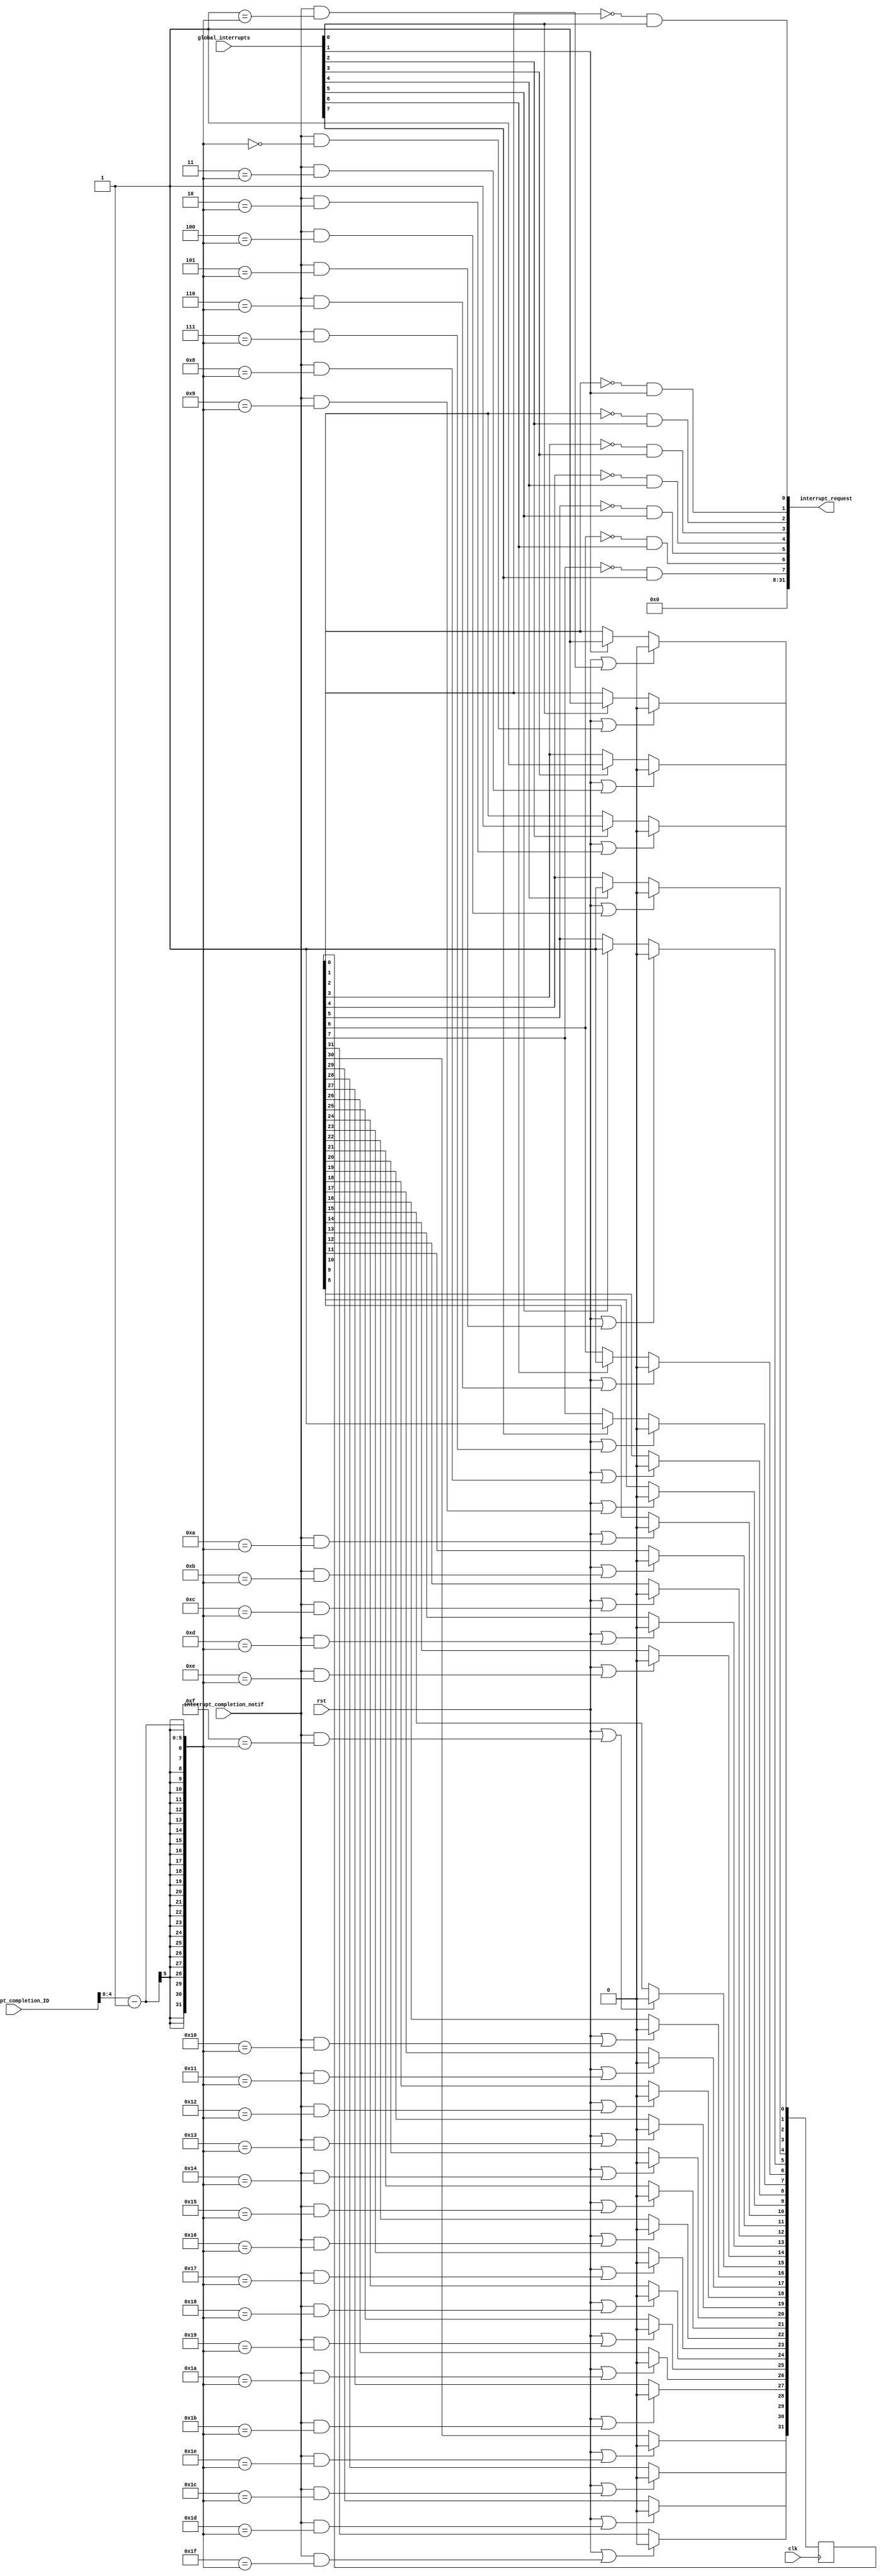
//******************************************************************************
// Copyright (c) 2018 - 2023, Indian Institute of Science, Bangalore.
// All Rights Reserved. See LICENSE for license details.
//------------------------------------------------------------------------------

// Contributors // Manish Kumar(manishkumar5@iisc.ac.in), Shubham Yadav(shubhamyadav@iisc.ac.in)
// Sajin S (sajins@alum.iisc.ac.in), Shubham Sunil Garag (shubhamsunil@alum.iisc.ac.in)
// Anuj Phegade (anujphegade@alum.iisc.ac.in), Deepshikha Gusain (deepshikhag@alum.iisc.ac.in)
// Ronit Patel (ronitpatel@alum.iisc.ac.in), Vishal Kumar (vishalkumar@alum.iisc.ac.in)
// Kuruvilla Varghese (kuru@iisc.ac.in)
//******************************************************************************
`timescale 1ns / 1ps
(* keep_hierarchy = "yes" *)
module PLIC_Gateway
#(
    parameter PRIORITY_LEVELS = 32,
    parameter INTERRUPTS   = 8
)
(
    // Core signals
    input wire clk,
    input wire rst,
    input wire [31:0]global_interrupts,
    input wire [31:0]interrupt_completion_ID, //contains the ID
    input wire interrupt_completion_notif,
    output wire [31:0]interrupt_request
    );

    reg [31:0]interrupt_state;
    integer i;
    wire [4:0]ID;

    assign ID = interrupt_completion_ID[4:0];//  LSB bits

    // When this latch = 0, only then the gateway will forward request to PLIC, else
    always @ (posedge clk) begin
        for (i=0; i<32; i=i+1)
        begin
            if (rst || (interrupt_completion_notif & i==(ID-1))) // if interrupt completed, then again reset this. Now we can again send this request.
                interrupt_state[i] <= 0;
            else if (global_interrupts[i] && i<INTERRUPTS)
                interrupt_state[i] <= 1;  // when a request comes for the first time, this latches, so that from next time, we wait for completion signal before sending request to core
        end
    end

    // When first time request comes, we send request once. The latch is also inititally zero.
    // From next time, we check the latch, if zero, means completed, we can send request again.
    genvar j;
    generate
    for(j=0; j<32;j=j+1)
        begin
            assign interrupt_request[j] = !interrupt_state[j] & global_interrupts[j] & (j<INTERRUPTS); //make sure PLIC latches immediately, otherwise, in case of first request, the interrupt_state latch becomes 1.
        end
    endgenerate

endmodule